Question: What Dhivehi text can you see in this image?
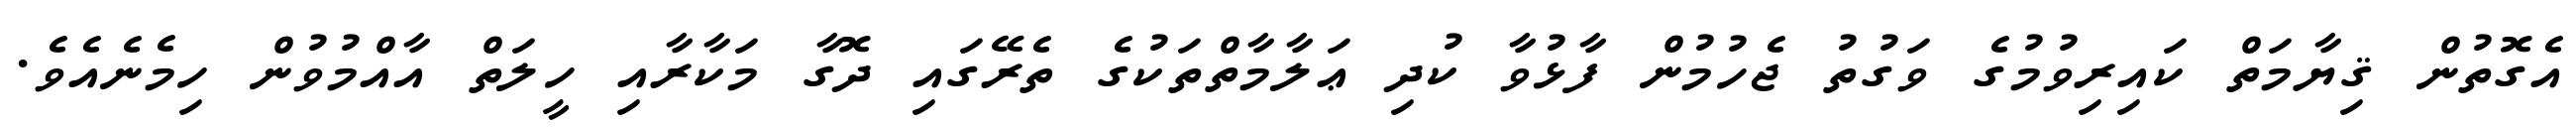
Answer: އެގޮތުން ޤިޔާމަތް ކައިރިވުމުގެ ވަގުތު ޖެހުމުން ފާޅުވާ ކުދި ޢަލާމާތްތަކުގެ ތެރޭގައި ދޮގާ މަކާރާއި ހީލަތް އާއްމުވުން ހިމެނެއެވެ.